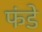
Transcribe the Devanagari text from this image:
फंडे